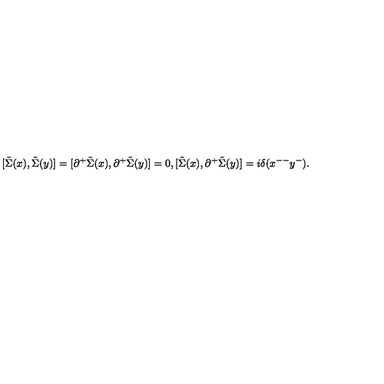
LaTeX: [ \tilde { \Sigma } ( x ) , \tilde { \Sigma } ( y ) ] = [ { \partial } ^ { + } \tilde { \Sigma } ( x ) , { \partial } ^ { + } \tilde { \Sigma } ( y ) ] = 0 , [ \tilde { \Sigma } ( x ) , { \partial } ^ { + } \tilde { \Sigma } ( y ) ] = i { \delta } ( x ^ { -- } y ^ { - } ) .